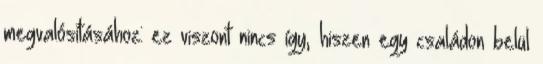
megvalósításához: ez viszont nincs így, hiszen egy családon belül